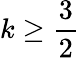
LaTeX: k\geq\frac 32